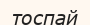
тоспай